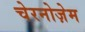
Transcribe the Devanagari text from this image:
चेरनोज़ेम